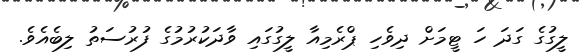
ލީގުގެ ގަދަ ހަ ޓީމަށް ދިވެހި ޕްރެމިއާ ލީގުގައި ވާދަކުރުމުގެ ފުރުސަތު ލިބެއެވެ.